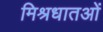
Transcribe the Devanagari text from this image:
मिश्रधातओं